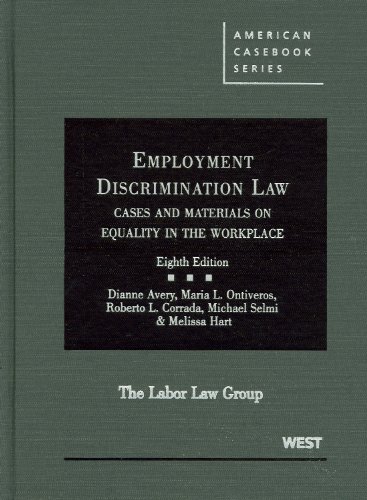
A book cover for Employment Discrimination Law: Cases and Materials on Equality in the Workplace (American Casebook Series); Dianne Avery; Law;